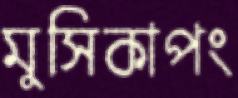
মুসিকাপং